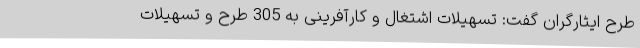
طرح ایثارگران گفت: تسهیلات اشتغال و کارآفرینی به 305 طرح و تسهیلات